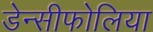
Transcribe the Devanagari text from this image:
डेन्सीफोलिया